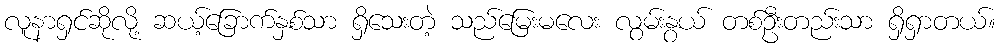
လူနာရှင်ဆိုလို့ ဆယ့်ခြောက်နှစ်သာ ရှိသေးတဲ့ သည်မြေးမလေး လွမ်းနွယ် တစ်ဦးတည်းသာ ရှိရှာတယ်။